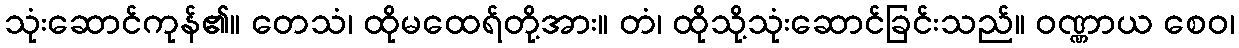
သုံးဆောင်ကုန်၏။ တေသံ၊ ထိုမထေရ်တို့အား။ တံ၊ ထိုသို့သုံးဆောင်ခြင်းသည်။ ဝဏ္ဏာယ စေဝ၊